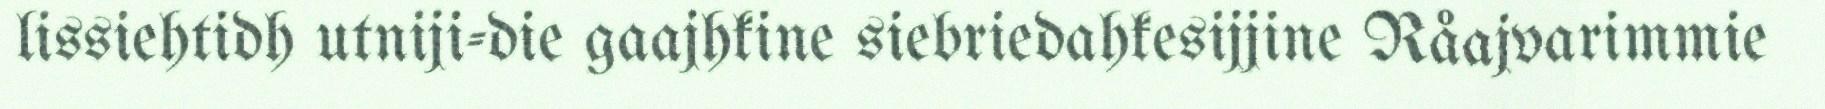
lissiehtidh utniji-die gaajhkine siebriedahkesijjine Råajvarimmie